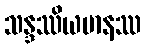
သန္ဒဿိယမာနဿ